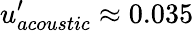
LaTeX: u_{acoustic}^{\prime}\approx 0.035